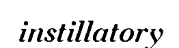
instillatory